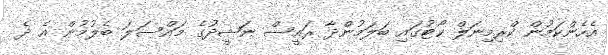
އެހެންކަމުން ކްރިމިނަލް ކޯޓުގައި ބަލަމުންދާ ރައީސް ނަޝީދުގެ މައްސަލަ ބެލުމުން އެ ދެ